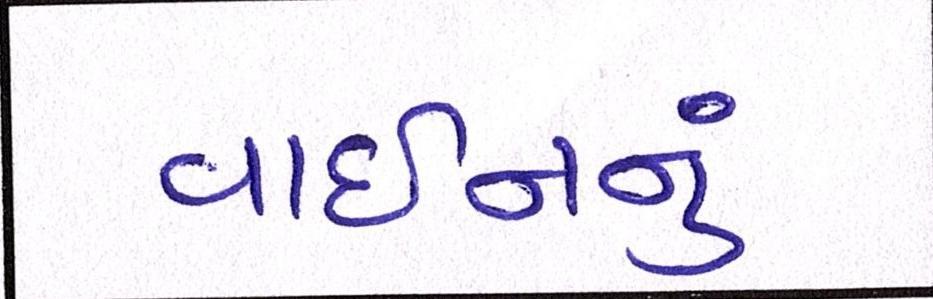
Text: વાઇનનું